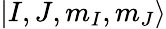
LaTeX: |I,J,m_{I},m_{J}\rangle